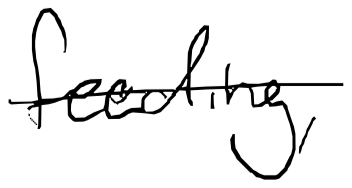
Text: feeding,
Cross-out: single-line
Writing tool: digital_black